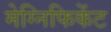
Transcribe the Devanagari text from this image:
मेग्निफिकेंट